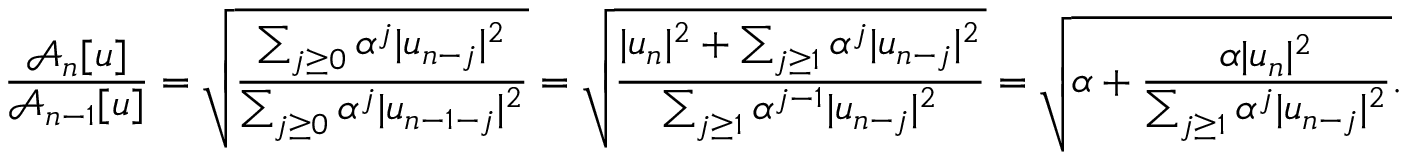
\frac { \mathcal { A } _ { n } [ u ] } { \mathcal { A } _ { n - 1 } [ u ] } = \sqrt { \frac { \sum _ { j \ge 0 } \alpha ^ { j } | u _ { n - j } | ^ { 2 } } { \sum _ { j \ge 0 } \alpha ^ { j } | u _ { n - 1 - j } | ^ { 2 } } } = \sqrt { \frac { | u _ { n } | ^ { 2 } + \sum _ { j \ge 1 } \alpha ^ { j } | u _ { n - j } | ^ { 2 } } { \sum _ { j \ge 1 } \alpha ^ { j - 1 } | u _ { n - j } | ^ { 2 } } } = \sqrt { \alpha + \frac { \alpha | u _ { n } | ^ { 2 } } { \sum _ { j \ge 1 } \alpha ^ { j } | u _ { n - j } | ^ { 2 } } } .